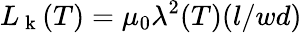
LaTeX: L_{\mathrm{~k~}}(T)=\mu_{0}\lambda^{2}(T)(l/wd)